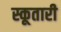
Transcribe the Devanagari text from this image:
स्कूतारी